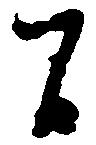
間